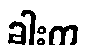
ခါးက